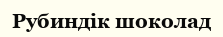
Рубиндік шоколад